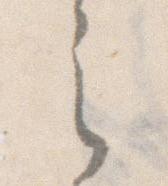
之